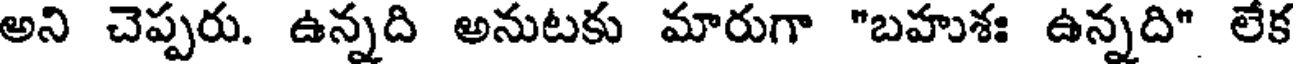
అని చెప్పరు. ఉన్నది అనుటకు మారుగా "బహుశః ఉన్నది" లేక